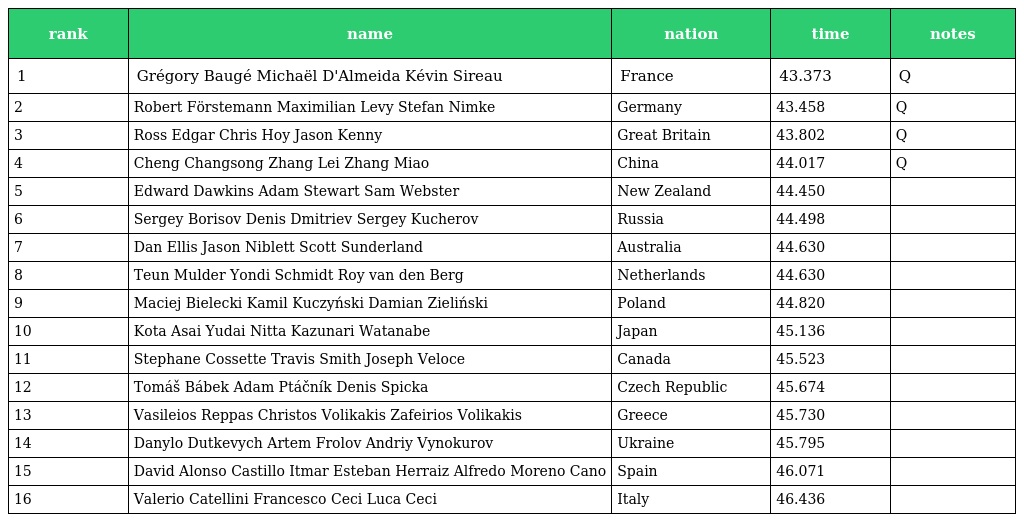
| rank | name | nation | time | notes |
 | --- | --- | --- | --- | --- |
 | 1 | Grégory Baugé Michaël D'Almeida Kévin Sireau | France | 43.373 | Q |
 | 2 | Robert Förstemann Maximilian Levy Stefan Nimke | Germany | 43.458 | Q |
 | 3 | Ross Edgar Chris Hoy Jason Kenny | Great Britain | 43.802 | Q |
 | 4 | Cheng Changsong Zhang Lei Zhang Miao | China | 44.017 | Q |
 | 5 | Edward Dawkins Adam Stewart Sam Webster | New Zealand | 44.450 |  |
 | 6 | Sergey Borisov Denis Dmitriev Sergey Kucherov | Russia | 44.498 |  |
 | 7 | Dan Ellis Jason Niblett Scott Sunderland | Australia | 44.630 |  |
 | 8 | Teun Mulder Yondi Schmidt Roy van den Berg | Netherlands | 44.630 |  |
 | 9 | Maciej Bielecki Kamil Kuczyński Damian Zieliński | Poland | 44.820 |  |
 | 10 | Kota Asai Yudai Nitta Kazunari Watanabe | Japan | 45.136 |  |
 | 11 | Stephane Cossette Travis Smith Joseph Veloce | Canada | 45.523 |  |
 | 12 | Tomáš Bábek Adam Ptáčník Denis Spicka | Czech Republic | 45.674 |  |
 | 13 | Vasileios Reppas Christos Volikakis Zafeirios Volikakis | Greece | 45.730 |  |
 | 14 | Danylo Dutkevych Artem Frolov Andriy Vynokurov | Ukraine | 45.795 |  |
 | 15 | David Alonso Castillo Itmar Esteban Herraiz Alfredo Moreno Cano | Spain | 46.071 |  |
 | 16 | Valerio Catellini Francesco Ceci Luca Ceci | Italy | 46.436 |  |